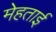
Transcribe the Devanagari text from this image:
मेहताई